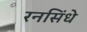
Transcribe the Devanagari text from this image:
रनसिंधे